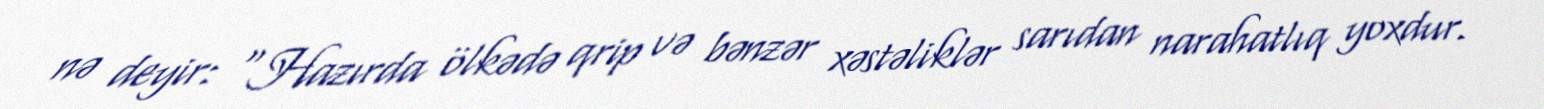
nə deyir: “Hazırda ölkədə qrip və bənzər xəstəliklər sarıdan narahatlıq yoxdur.